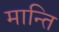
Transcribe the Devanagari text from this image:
मान्ति